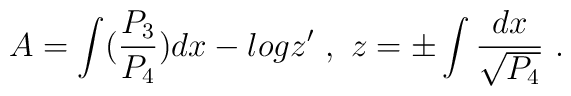
A = \int ({P_3 \over P_4})dx - log z'\ ,\ z = \pm\int {dx \over \sqrt{P_4}}\ .